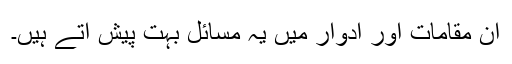
ان مقامات اور ادوار میں یہ مسائل بہت پیش آتے ہیں۔